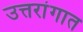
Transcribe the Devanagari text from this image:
उत्तरांगात